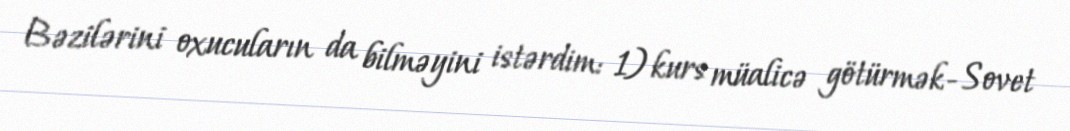
Bəzilərini oxucuların da bilməyini istərdim: 1) kurs müalicə götürmək- Sovet